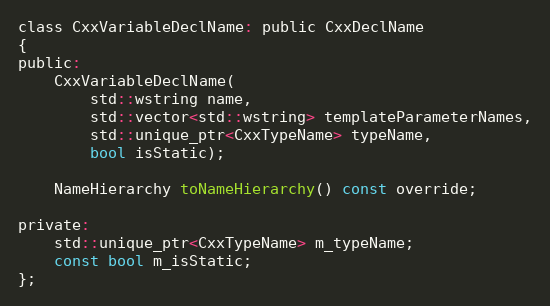
Language: C
class CxxVariableDeclName: public CxxDeclName
{
public:
	CxxVariableDeclName(
		std::wstring name,
		std::vector<std::wstring> templateParameterNames,
		std::unique_ptr<CxxTypeName> typeName,
		bool isStatic);

	NameHierarchy toNameHierarchy() const override;

private:
	std::unique_ptr<CxxTypeName> m_typeName;
	const bool m_isStatic;
};